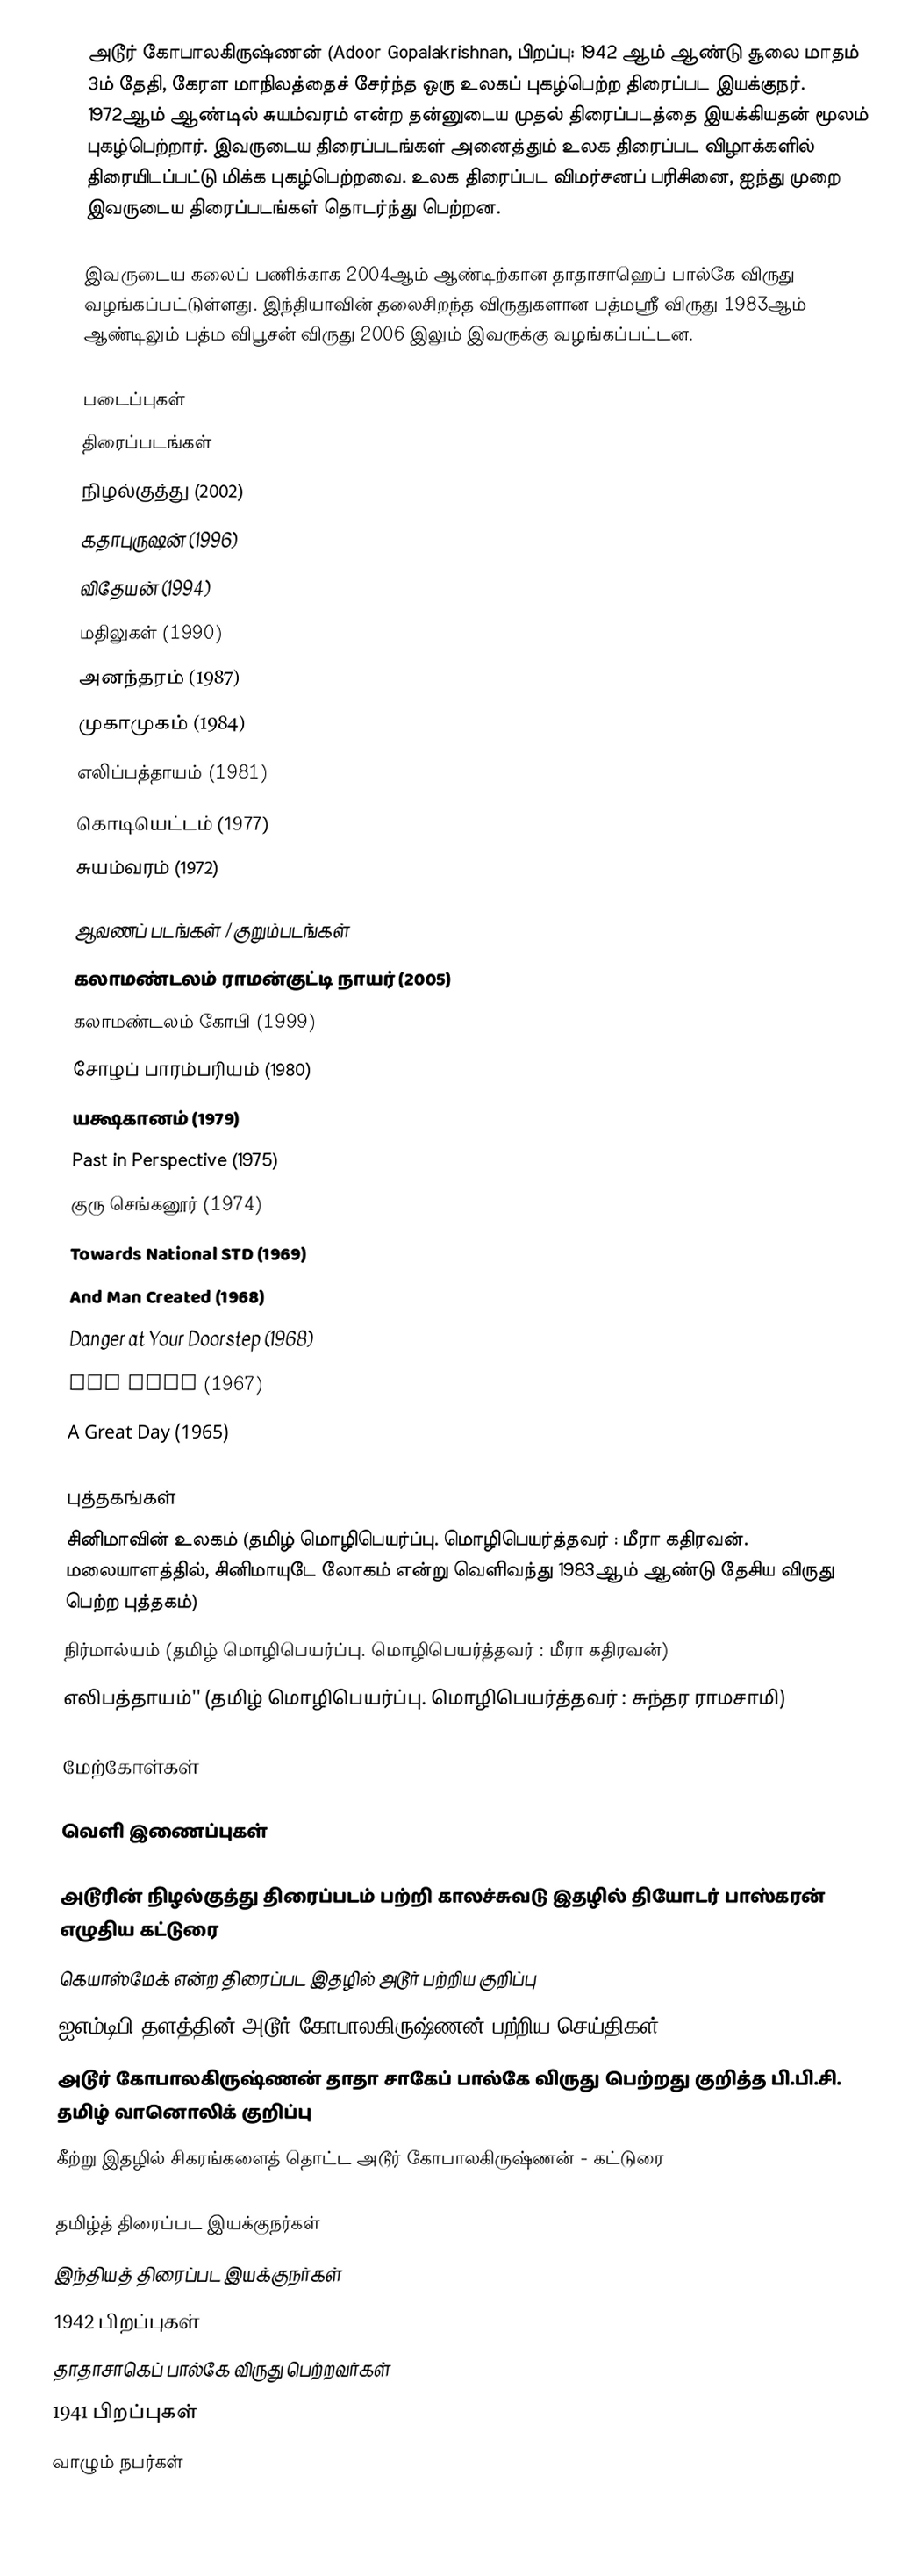
அடூர் கோபாலகிருஷ்ணன் (Adoor Gopalakrishnan, பிறப்பு: 1942 ஆம் ஆண்டு சூலை மாதம்  3ம் தேதி, கேரள மாநிலத்தைச் சேர்ந்த ஒரு உலகப் புகழ்பெற்ற திரைப்பட இயக்குநர். 1972ஆம் ஆண்டில் சுயம்வரம் என்ற தன்னுடைய முதல் திரைப்படத்தை இயக்கியதன் மூலம் புகழ்பெற்றார். இவருடைய திரைப்படங்கள் அனைத்தும் உலக திரைப்பட விழாக்களில் திரையிடப்பட்டு மிக்க புகழ்பெற்றவை. உலக திரைப்பட விமர்சனப் பரிசினை, ஐந்து முறை இவருடைய திரைப்படங்கள் தொடர்ந்து பெற்றன.

இவருடைய கலைப் பணிக்காக 2004ஆம் ஆண்டிற்கான தாதாசாஹெப் பால்கே விருது வழங்கப்பட்டுள்ளது.  இந்தியாவின் தலைசிறந்த விருதுகளான  பத்மஸ்ரீ விருது 1983ஆம் ஆண்டிலும் பத்ம விபூசன் விருது 2006 இலும்  இவருக்கு வழங்கப்பட்டன.

 படைப்புகள்
 திரைப்படங்கள்
 நிழல்குத்து (2002)
 கதாபுருஷன் (1996)
 விதேயன் (1994)
 மதிலுகள் (1990)
 அனந்தரம் (1987)
 முகாமுகம் (1984)
 எலிப்பத்தாயம் (1981)
 கொடியெட்டம் (1977)
 சுயம்வரம் (1972)

 ஆவணப் படங்கள் / குறும்படங்கள்
 கலாமண்டலம் ராமன்குட்டி நாயர் (2005)
 கலாமண்டலம் கோபி (1999)
 சோழப் பாரம்பரியம் (1980)
 யக்ஷகானம் (1979)
 Past in Perspective (1975)
 குரு செங்கனூர் (1974)
 Towards National STD (1969)
 And Man Created (1968)
 Danger at Your Doorstep (1968)
 The Myth (1967)
 A Great Day (1965)

 புத்தகங்கள்
 சினிமாவின் உலகம் (தமிழ் மொழிபெயர்ப்பு. மொழிபெயர்த்தவர் : மீரா கதிரவன். மலையாளத்தில், சினிமாயுடே லோகம் என்று வெளிவந்து 1983ஆம் ஆண்டு தேசிய விருது பெற்ற புத்தகம்)
 நிர்மால்யம் (தமிழ் மொழிபெயர்ப்பு. மொழிபெயர்த்தவர் : மீரா கதிரவன்)
 எலிபத்தாயம்'' (தமிழ் மொழிபெயர்ப்பு. மொழிபெயர்த்தவர் : சுந்தர ராமசாமி)

மேற்கோள்கள்

வெளி இணைப்புகள்

 அடூரின் நிழல்குத்து திரைப்படம் பற்றி காலச்சுவடு இதழில் தியோடர் பாஸ்கரன் எழுதிய கட்டுரை
 கெயாஸ்மேக்  என்ற திரைப்பட இதழில் அடூர் பற்றிய குறிப்பு
 ஐஎம்டிபி தளத்தின் அடூர் கோபாலகிருஷ்ணன் பற்றிய செய்திகள்
 அடூர் கோபாலகிருஷ்ணன் தாதா சாகேப் பால்கே விருது பெற்றது குறித்த பி.பி.சி. தமிழ் வானொலிக் குறிப்பு
 கீற்று இதழில் சிகரங்களைத் தொட்ட அடூர் கோபாலகிருஷ்ணன் - கட்டுரை

தமிழ்த் திரைப்பட இயக்குநர்கள்
இந்தியத் திரைப்பட இயக்குநர்கள்
1942 பிறப்புகள்
தாதாசாகெப் பால்கே விருது பெற்றவர்கள்
1941 பிறப்புகள்
வாழும் நபர்கள்